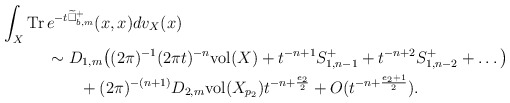
\begin{align*} \int_X\mathrm{Tr}\,&e^{-t\widetilde\Box^+_{b,m}}(x,x)dv_X(x) \\&\sim D_{1, m}\big((2\pi)^{-1}(2\pi t)^{-n}\mathrm{vol}(X)+t^{-n+1}S^+_{1, n-1}+t^{-n+2}S^+_{1, n-2}+\ldots\big)\\ &\qquad+(2\pi)^{-(n+1)}D_{2, m}\mathrm{vol}(X_{p_2})t^{-n+\frac{e_2}{2}}+O(t^{-n+\frac{e_2+1}{2}}).\end{align*}